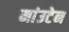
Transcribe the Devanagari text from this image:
मांउटेन